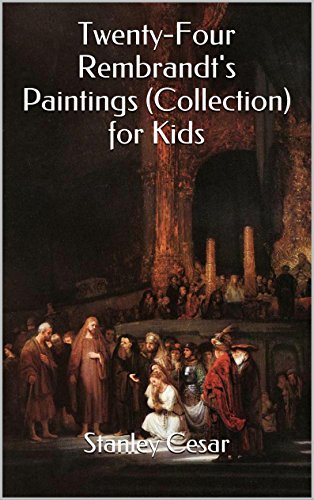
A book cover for Twenty-Four Rembrandt's Paintings (Collection) for Kids; Stanley Cesar; Cookbooks, Food & Wine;